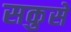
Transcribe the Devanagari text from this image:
सकुसें